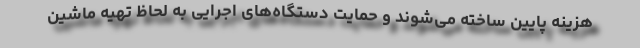
هزینه پایین ساخته می‌شوند و حمایت دستگاه‌های اجرایی به لحاظ تهیه ماشین